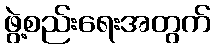
ဖွဲ့စည်းရေးအတွက်